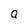
Character: g